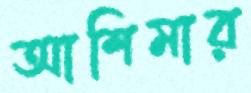
আশিমার